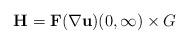
LaTeX: \begin{align*}\mathbf{H} = \mathbf{F}(\nabla \mathbf{u}) (0, \infty) \times G\end{align*}